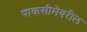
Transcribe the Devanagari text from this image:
पाकसीमेवरील